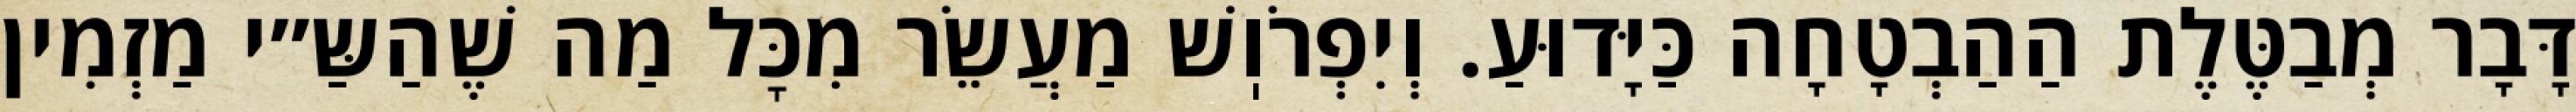
דָּבָר מְבַטֶּלֶת הַהַבְטָחָה כַּיָּדוּעַ. וְיִפְרֹוֽשׁ מַעֲשֵׂר מִכׇּל מַה שֶׁהַשַּ״י מַזְמִין